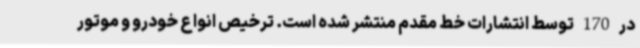
در 170 توسط انتشارات خط مقدم منتشر شده است. ترخیص انواع خودرو و موتور